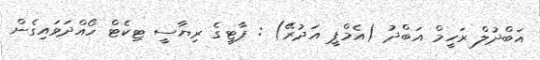
އަބްދުލް ރަހީމް އަބްދު (އެމްޕީ އަދުރޭ) : ޕާޓީގެ ރިޔާސީ ޓިކެޓް ހޯއްދަވައިގެން